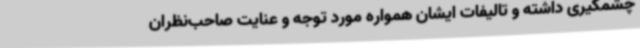
چشمگیری داشته و تالیفات ایشان همواره مورد توجه و عنایت صاحب‌نظران